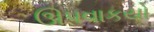
ઊપવાકયો